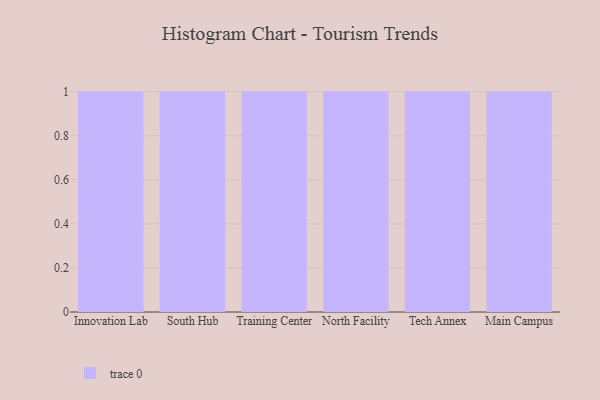
{"axis": {"x": "Campus", "y": "Shipments"}, "legend": [""], "data": [{"x": "Innovation Lab", "y": 78, "type": ""}, {"x": "South Hub", "y": 3, "type": ""}, {"x": "Training Center", "y": 91, "type": ""}, {"x": "North Facility", "y": 59, "type": ""}, {"x": "Tech Annex", "y": 28, "type": ""}, {"x": "Main Campus", "y": 33, "type": ""}]}